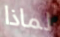
لماذا